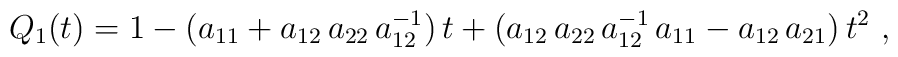
Q_1(t) = 1 - (a_{11} + a_{12}\,a_{22}\,a_{12}^{-1})\,t             + (a_{12}\,a_{22}\,a_{12}^{-1}\,a_{11} - a_{12}\,a_{21})\,t^2 \ ,